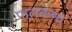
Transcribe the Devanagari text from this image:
पालकण्य